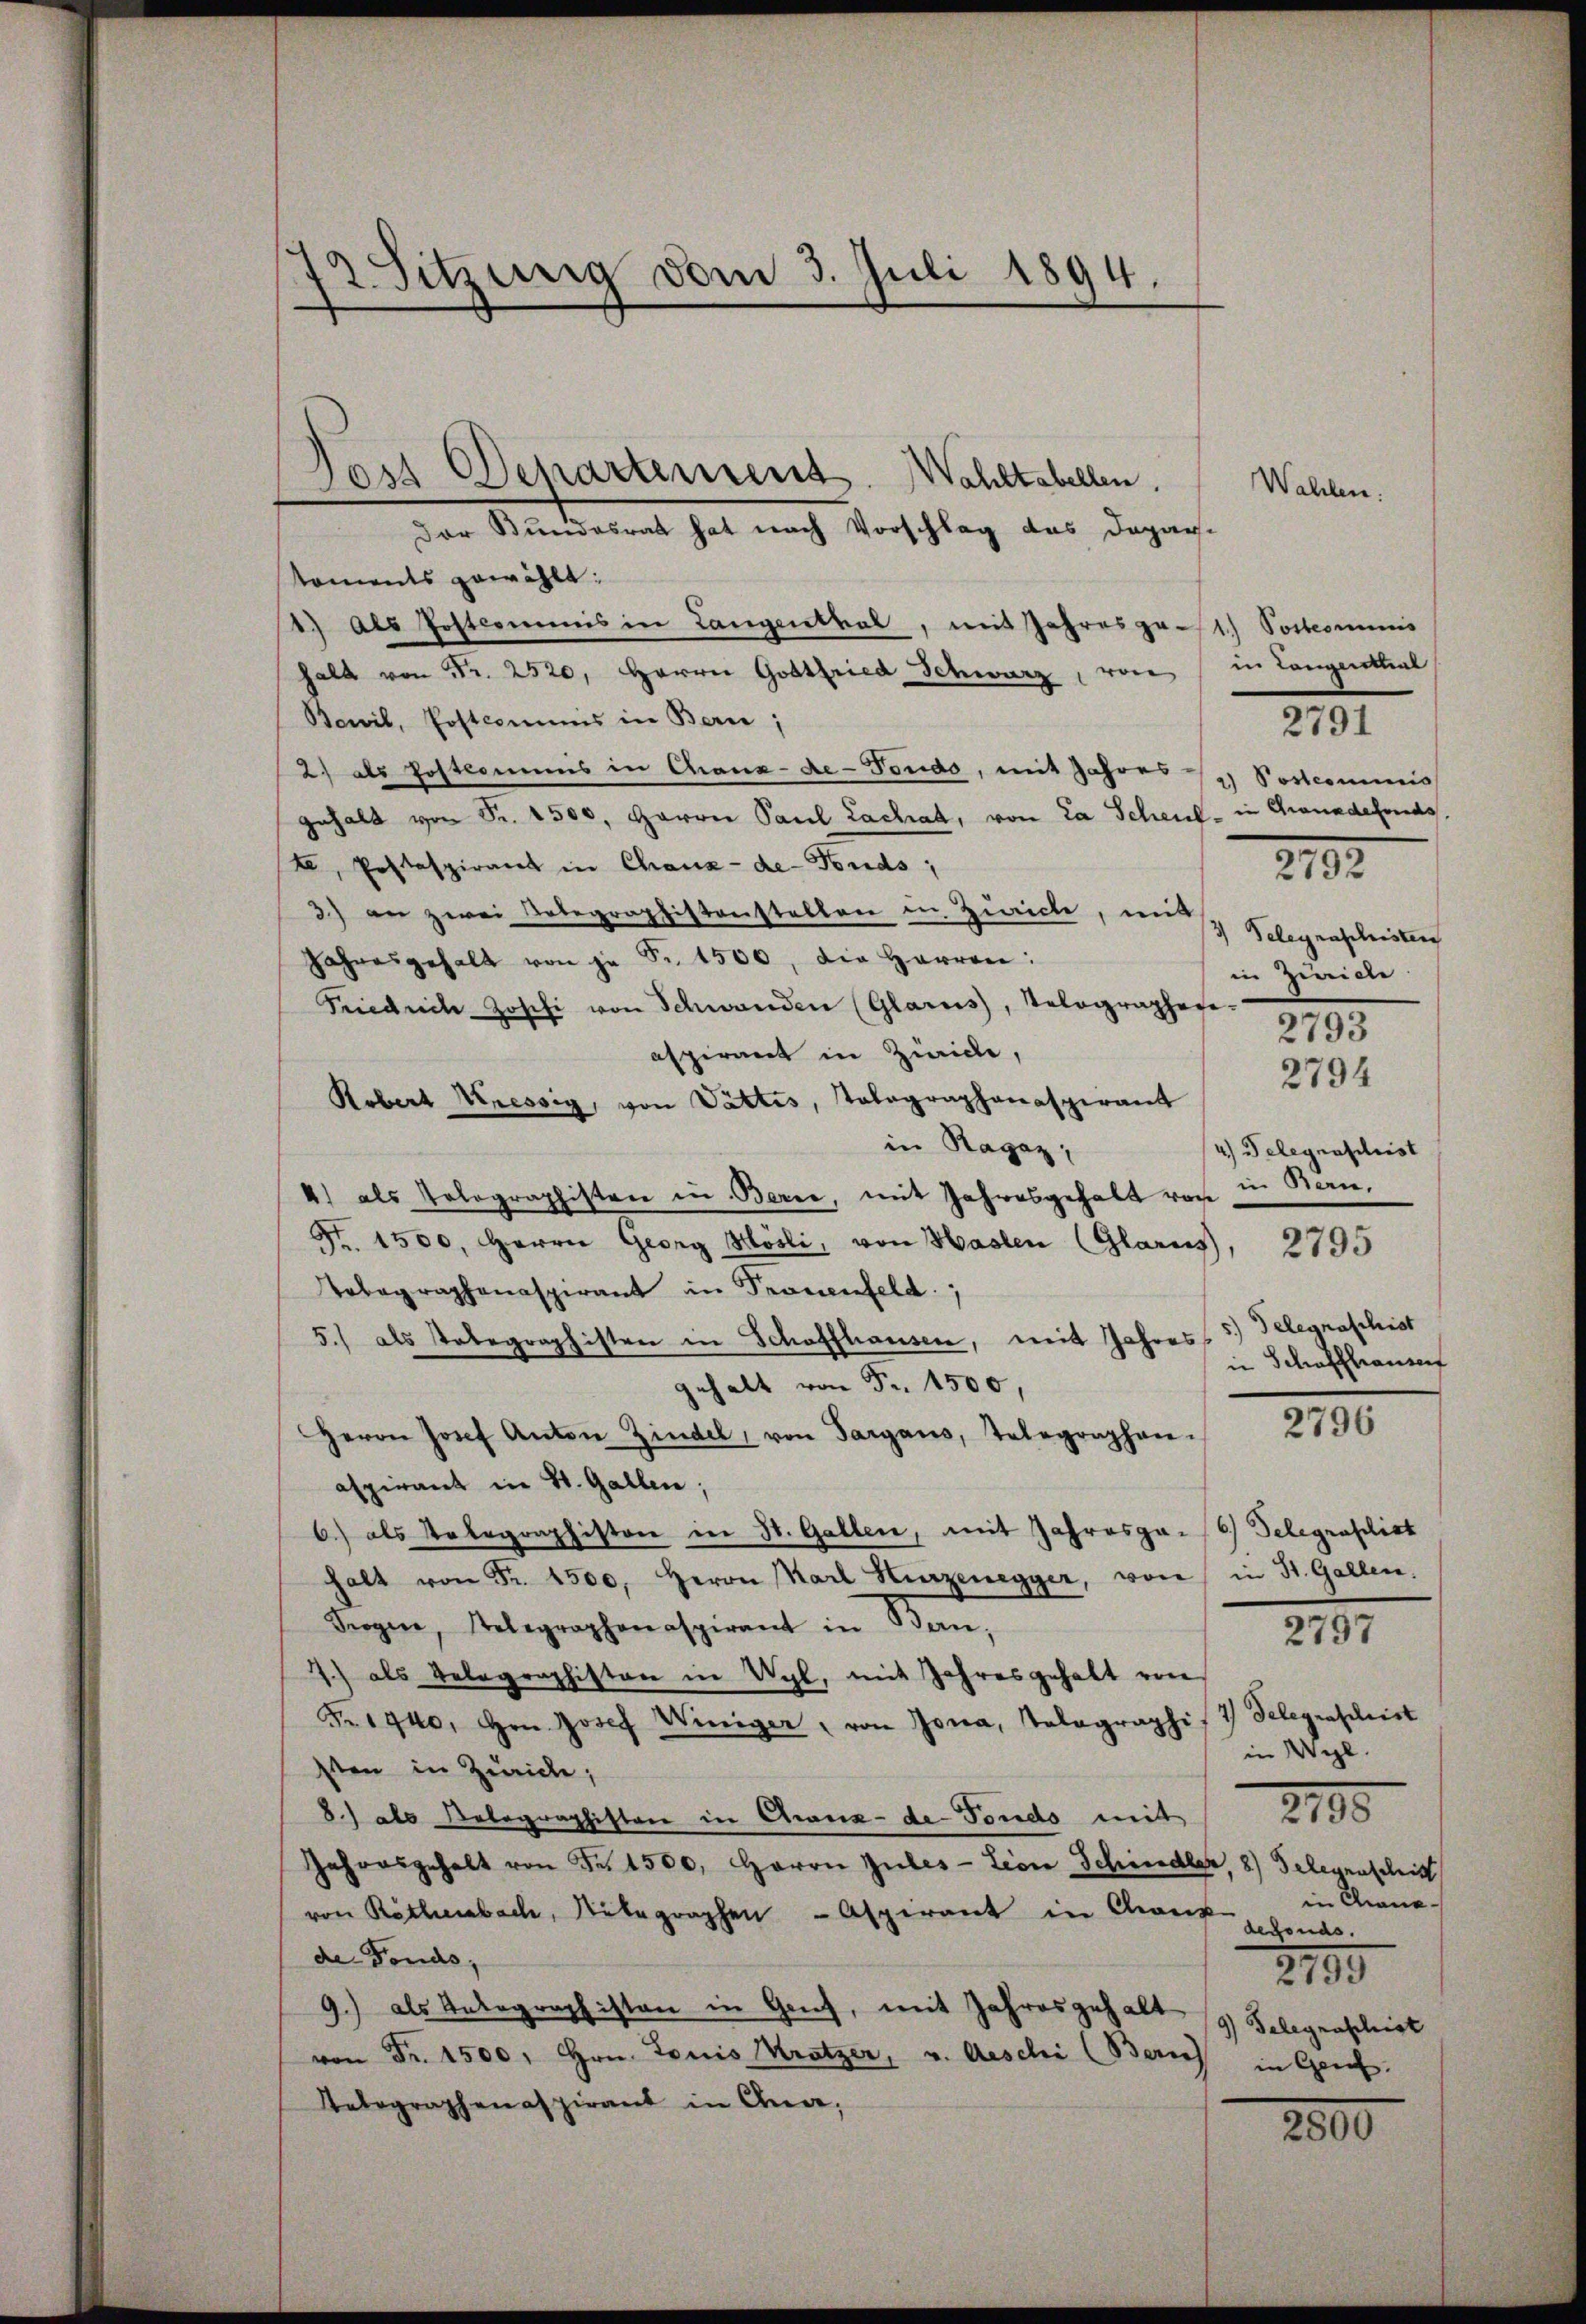
12. Sitzung vom 3. Juli 1894

Der Bundesrat hat nach Vorschlag das Depar-
koments gewählt:
1) Als Postcommis in Langentral, mit Jahresp. 1) Postcommis
halt von Fr. 2520, Herren Gottfried Schwarz, von
Bawil, Postcommis in Bern;
2) als Postkommnis in Chaux-de-Fondo, mit Jahres Postcommis
gehalt von Fr. 1500, Harrn Paul Lachat, von La Scheul- in Granadefonds.
t, Postspirant in Chaux-de-Fonds,
3) an zwei Tobegraphistenstellen in Zürich, mit
Jahresgehalt von je Sr. 1500, die Herren:
Friedrich Josefi von Schwanden (Glarus, Velographeseaspirant in Zürich,
Robert Kressig, von Vattes, Tolographanaspirant
in Ragaz;
4) Telegraschrist
4) als Tolographisten in Berne, mit Jahresgehalt noch in Bern,
Fr. 1500, Herrn Georg Hösli, von Haslen (Glarus, 2795
Totographenaspirant in Frauenfeld,
5.) als Tabegraphisten in Schaffhausen, mit Jahres 5.) Telegraphist
in Schaffhauserf
gehalt von Fr. 1500,
2796
Herrn Josef Anton Zindel, von Sargaus, Telegraphen.
aspirant in St. Gallen,
6.) als Telegraphiston in St. Gallen, mit Jahresp. 6) Telegraphist
halt von Fr. 4500. Herrn Karl Kurzenegger, von in St. Gallen.
Frogen, Telegraphenaspirant in Ban,
2797
2.) als Relegraphisten in Wyl, mit Jahresgehalt von
Fr. 1940, Hrn. Josef Winiger, von Jona, Tolographist Telegraphist
in Wyl
sten in Zürich;
2105
8.) als Belegraphisten in Chaux-de Fendo mit
Jahresgehalt von Fr. 1500. Herrn Gutes - Lion Schindler, 8) Gelegenschritt
in Cana
von Räthenbach Aspirant in Grafonds.
de Fonds,
2195
9.) als Untegraphisten in Geif, mit Jahresgehalt
9) Telegraschist
von Fr. 1500. Hrn. Louis Kratzer, v. Aeschi (Zürich in Genf.
Telegraphenaspirant in Ana,
2800

Joss Departement. Wohltabellen.

Wahlen.

in Congnimal
2791
212.
3) Telegraschisten
in Zürich

2793
2794